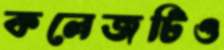
কলেজটিও